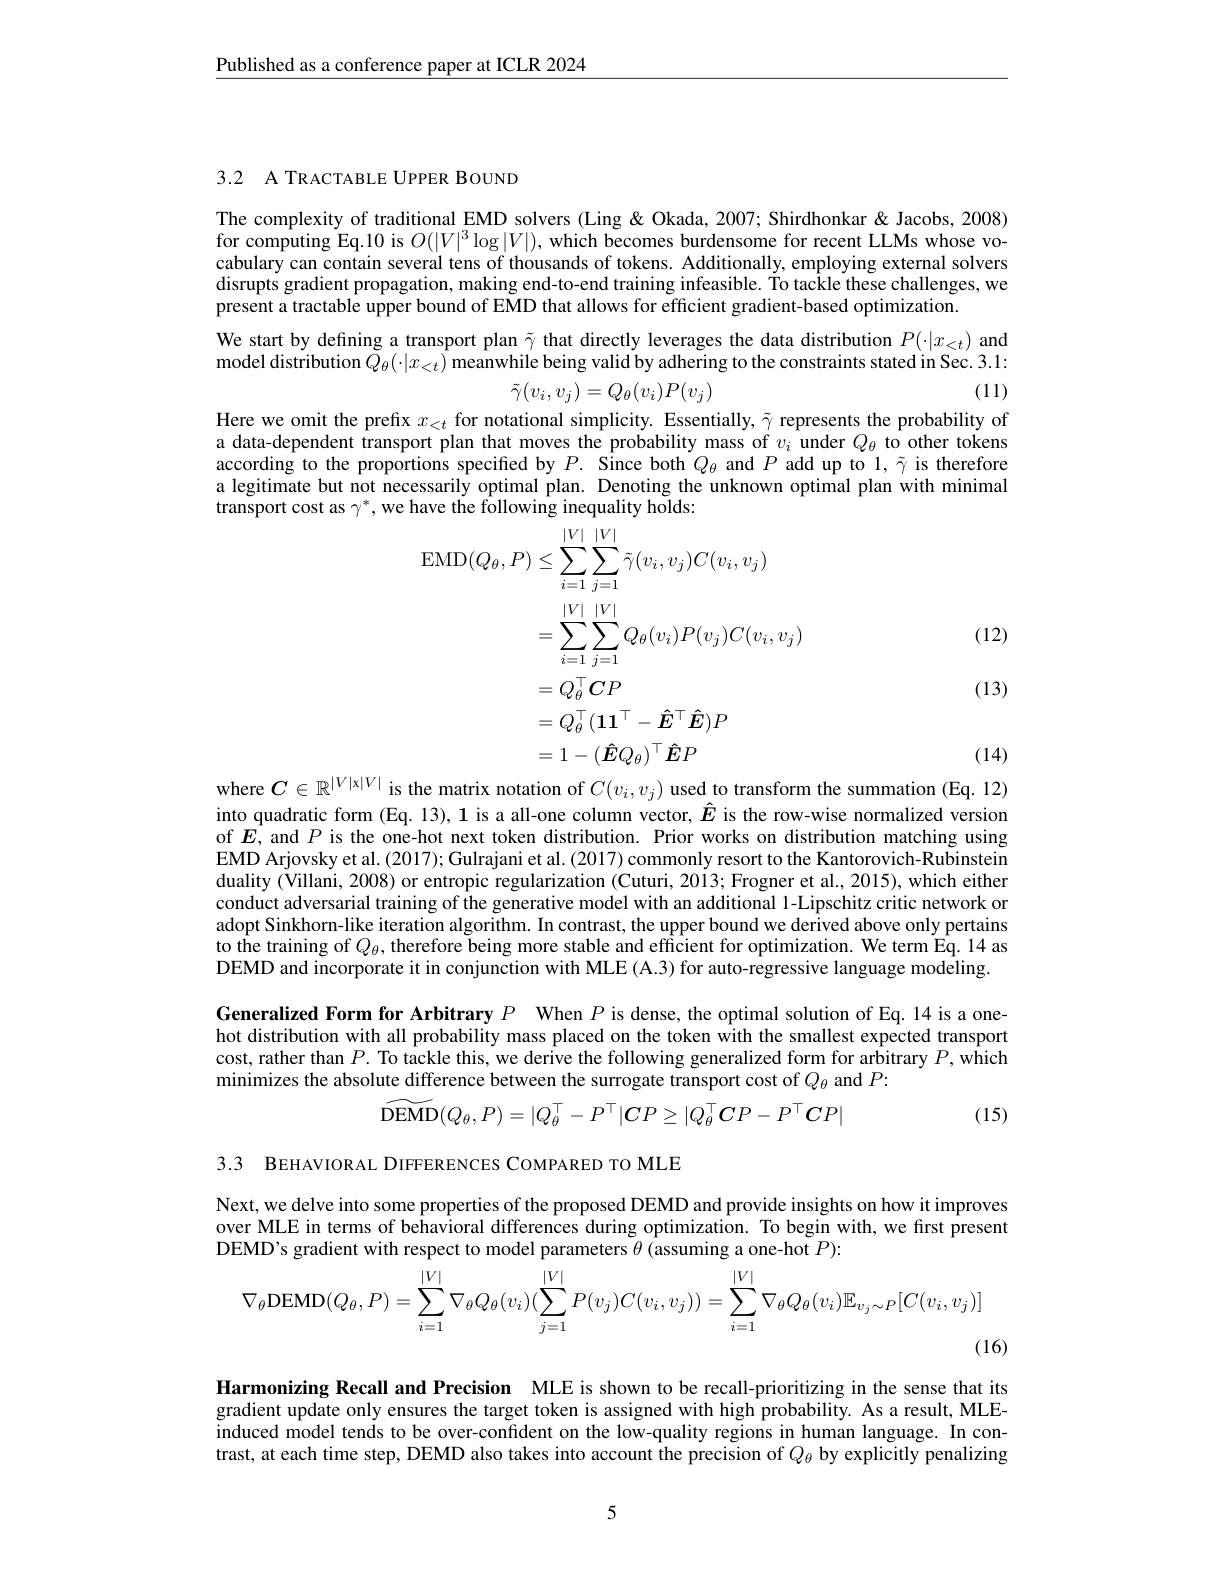
$\underline{\text{Published as a conference paper at ICLR 2024}}$

3.2 A TRACTABLE UPPER BOUND

The complexity of traditional EMD solvers (Ling &Okada, 2007; Shirdhonkar & Jacobs, 2008) for computing Eq.10 is $O(|V|^3\log|V|)$, which becomes burdensome for recent LLMs whose vocabulary can contain several tens of thousands of tokens. Additionally, employing external solvers disrupts gradient propagation, making end-to-end training infeasible. To tackle these challenges, we present a tractable upper bound of EMD that allows for efficient gradient-based optimization.

We start by defining a transport plan $\tilde{\gamma}$ that directly leverages the data distribution $P(\cdot|x_{<t})$ and model distribution $\tilde{Q}_\theta(\cdot|x_{<t})\hat{\text{meanwhile being valid by adhering to the constraints stated in Sec. 3.1:}}$
$$\tilde{\gamma}(v_i,v_j)=Q_\theta(v_i)P(v_j)$$
(11)

Here we omit the prefix $x_<t$ for notational simplicity. Essentially, $\tilde{\gamma}$ represents the probability of a data-dependent transport plan that moves the probability mass of $v_i$ under $Q_\theta$ to other tokens according to the proportions specified by $P.$ Since both $Q_\theta$ and $P$ add up to $1,\tilde{\gamma}$ is therefore a legitimate but not necessarily optimal plan. Denoting the unknown optimal plan with minimal transport cost as $\gamma^*$, we have the following inequality holds:

(12)
$$\begin{aligned}\operatorname{EMD}(Q_{\theta},P)&\leq\sum_{i=1}^{|V|}\sum_{j=1}^{|V|}\tilde{\gamma}(v_{i},v_{j})C(v_{i},v_{j})\\&=\sum_{i=1}^{|V|}\sum_{j=1}^{|V|}Q_{\theta}(v_{i})P(v_{j})C(v_{i},v_{j})\\&=Q_{\theta}^{\top}\boldsymbol{C}P\\&=Q_{\theta}^{\top}(\mathbf{1}\mathbf{1}^{\top}-\mathbf{\hat{E}}^{\top}\mathbf{\hat{E}})P\\&=1-(\hat{\boldsymbol{E}}Q_{\theta})^{\top}\hat{\boldsymbol{E}}P\end{aligned}$$
(13)

(14)

where $C\in\mathbb{R}^{|V|\mathrm{x}|V|}$ is the matrix notation of $C(v_i,v_j)$ used to transform the summation (Eq. 12) into quadratic form (Eq. 13), 1 is a all-one column vector, $\hat{E}$ is the row-wise normalized version of $E$, and $P$ is the one-hot next token distribution. Prior works on distribution matching using EMD Arjovsky et al. (2017); Gulrajani et al. (2017) commonly resort to the Kantorovich-Rubinstein duality (Villani, 2008) or entropic regularization (Cuturi, 2013; Frogner et al., 2015), which either conduct adversarial training of the generative model with an additional 1-Lipschitz critic network or adopt Sinkhorn-like iteration algorithm. In contrast, the upper bound we derived above only pertains to the training of $Q_\theta$, therefore being more stable and efficient for optimization. We term Eq. 14 as DEMD and incorporate it in conjunction with MLE (A.3) for auto-regressive language modeling
Generalized Form for Arbitrary $P$ When $P$ is dense, the optimal solution of Eq. 14 is a onehot distribution with all probability mass placed on the token with the smallest expected transport cost, rather than $P.$ To tackle this, we derive the following generalized form for arbitrary $P$, which minimizes the absolute difference between the surrogate transport cost of $Q_\theta$ and $P:$
$$\widetilde{\mathrm{DEMD}}(Q_\theta,P)=|Q_\theta^\top-P^\top|CP\geq|Q_\theta^\top CP-P^\top CP|$$
(15)

3.3 BEHAVIORAL DIFFERENCES COMPARED TO MLE

Next, we delve into some properties of the proposed DEMD and provide insights on how it improves over MLE in terms of behavioral differences during optimization. To begin with, we first present DEMD's gradient with respect to model parameters $\theta$ (assuming a one-hot $P):$
$$\nabla_\theta\mathrm{DEMD}(Q_\theta,P)=\sum_{i=1}^{|V|}\nabla_\theta Q_\theta(v_i)(\sum_{j=1}^{|V|}P(v_j)C(v_i,v_j))=\sum_{i=1}^{|V|}\nabla_\theta Q_\theta(v_i)\mathbb{E}_{v_j\sim P}[C(v_i,v_j)]$$
(16)

Harmonizing Recall and Precision MLE is shown to be recall-prioritizing in the sense that its gradient update only ensures the target token is assigned with high probability. As a result, MLEinduced model tends to be over-confident on the low-quality regions in human language. In contrast, at each time step, DEMD also takes into account the precision of $Q_\theta$ by explicitly penalizing

5